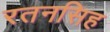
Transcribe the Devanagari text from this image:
रतनसिह